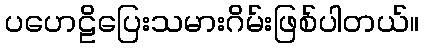
ပဟေဠိပြေးသမားဂိမ်းဖြစ်ပါတယ်။